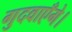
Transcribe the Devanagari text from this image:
गुदवाएँगे।